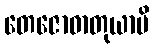
တေဇောဓာတုယာပိ